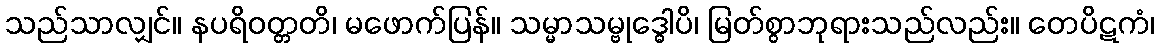
သည်သာလျှင်။ နပရိဝတ္တတိ၊ မဖောက်ပြန်။ သမ္မာသမ္ဗုဒ္ဓေါပိ၊ မြတ်စွာဘုရားသည်လည်း။ တေပိဋကံ၊